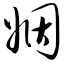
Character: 姻